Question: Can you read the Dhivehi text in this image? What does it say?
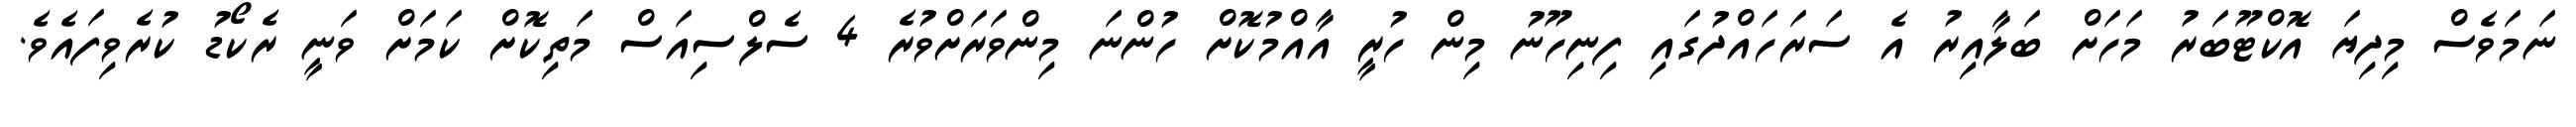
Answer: ނަމަވެސް މިދިޔަ އޮކްޓޫބަރު މަހަށް ބަލާއިރު އެ ސަރަހައްދުގައި ފިނިހޫނު މިން ހުރީ އާއްމުކޮށް ހުންނަ މިންވަރަށްވުރެ 4 ސެލްސިއަސް މަތިކޮށް ކަމަށް ވަނީ ރެކޯޑު ކުރެވިފައެވެ.